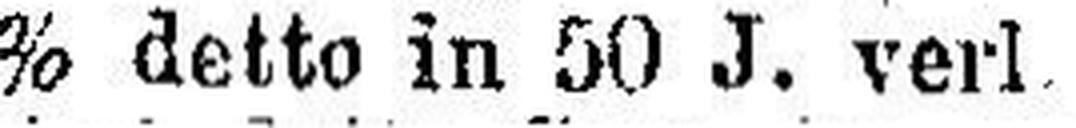
4% detto in 50 J. verl